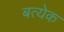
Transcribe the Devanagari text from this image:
बत्येक